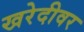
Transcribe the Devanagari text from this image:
खरेदीवर